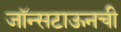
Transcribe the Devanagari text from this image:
जॉन्सटाऊनची